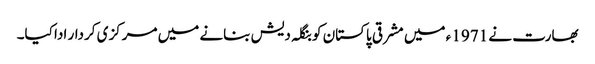
بھارت نے 1971 ء میں مشرقی پاکستان کو بنگلہ دیش بنانے میں مرکزی کردار ادا کیا۔